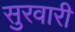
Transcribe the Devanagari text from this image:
सुरवारी